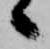
候